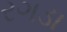
રગડા